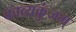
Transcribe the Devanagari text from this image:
काव्यकुंजम्